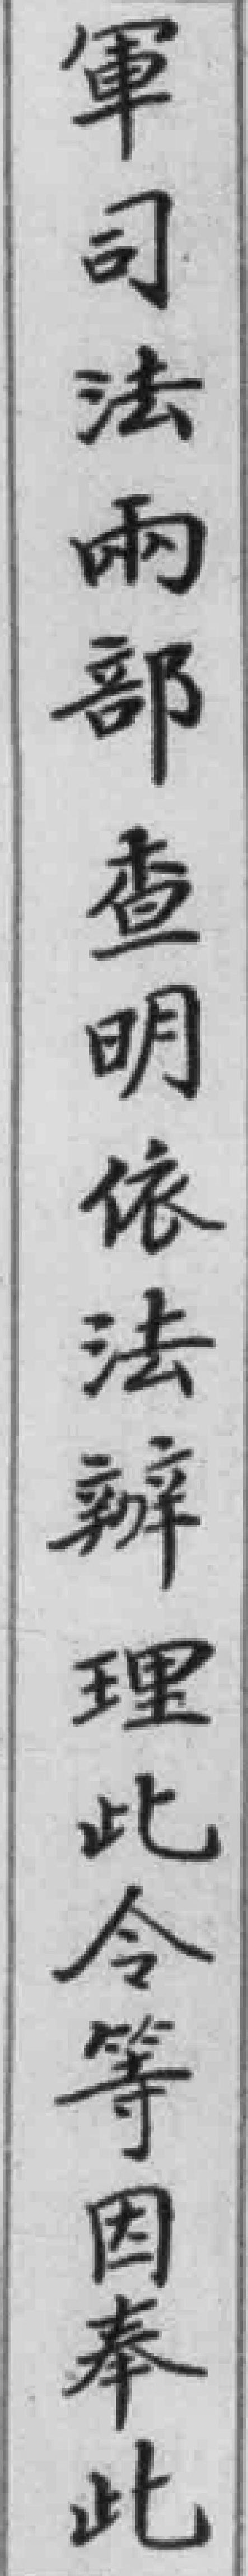
軍司法兩部查明依法辩理此令等因奉此